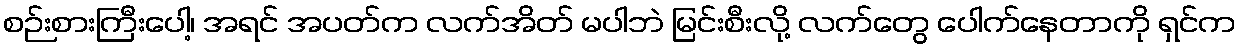
စဉ်းစားကြီးပေါ့၊ အရင် အပတ်က လက်အိတ် မပါဘဲ မြင်းစီးလို့ လက်တွေ ပေါက်နေတာကို ရှင်က